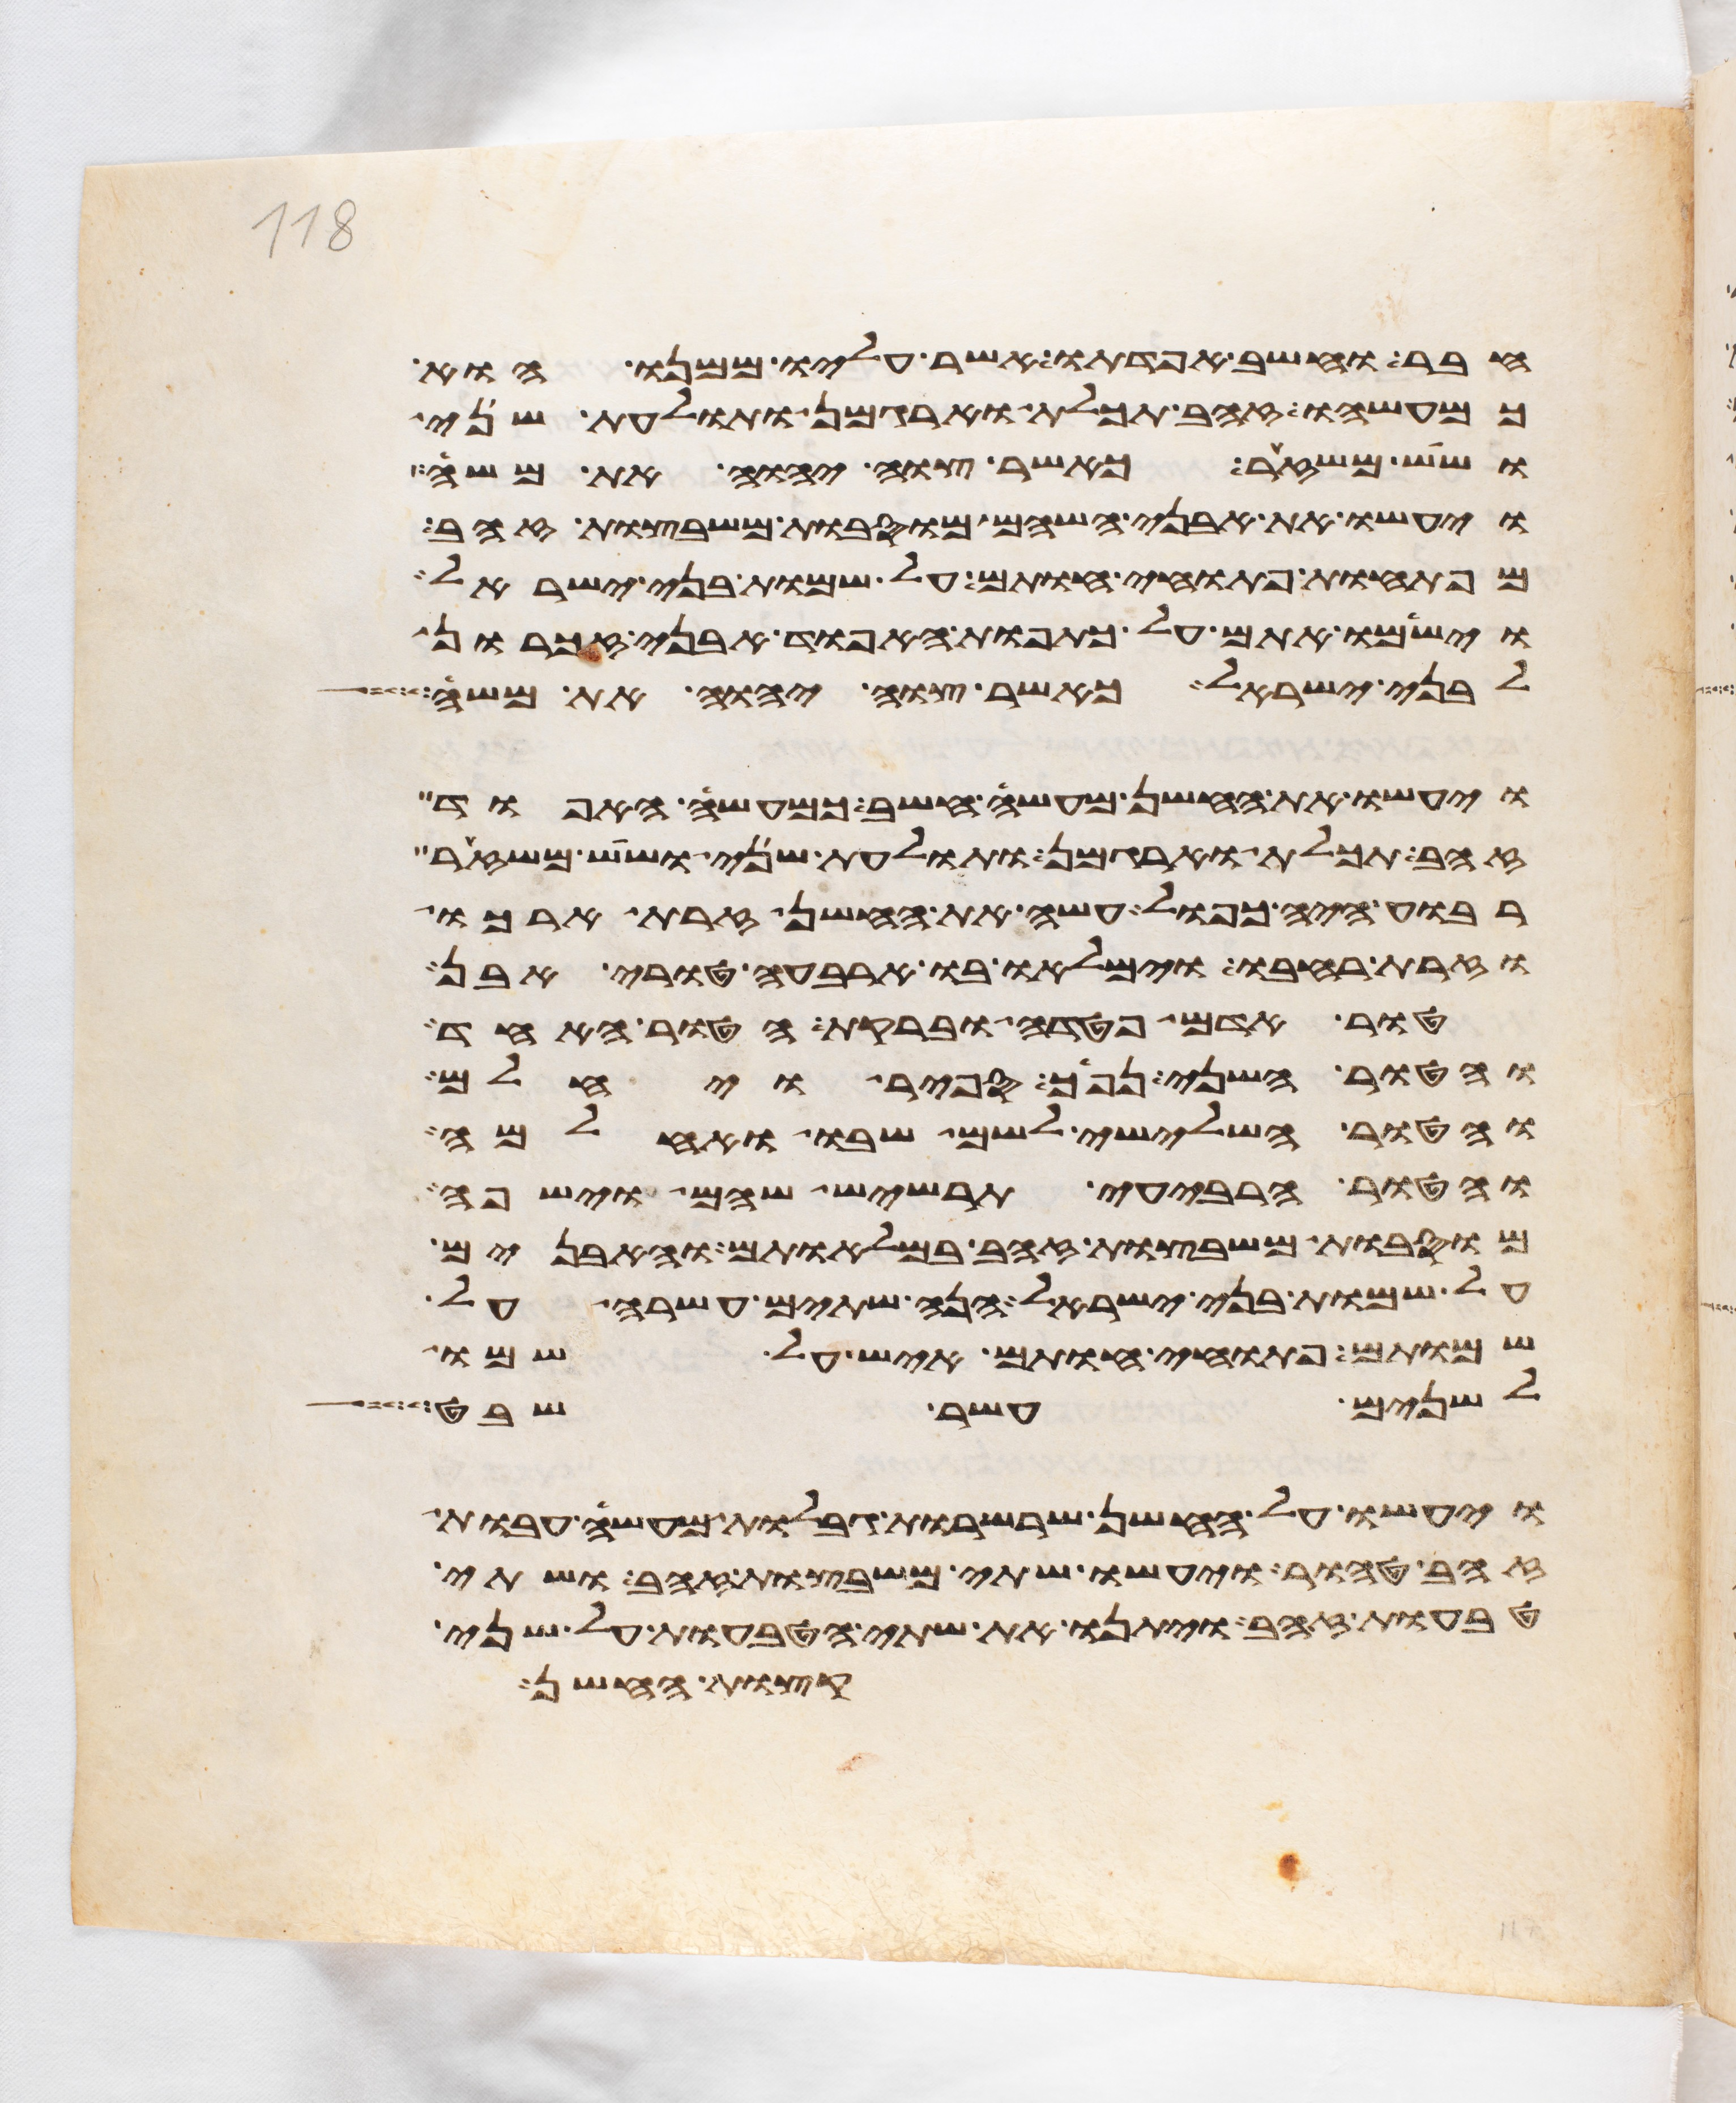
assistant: חבר וחשב אפדתו אשר עליו ממנו הוא
כמעשהו זהב תכלת וארגמן ותולעת שני
ושש משזר כאשר צוה יהוה את משה
ויעשו את אבני השהם מוסבות משבצות זהב
מפתחות פתוחי חותם על שמות בני ישראל
וישמו אתם על כתפות האפוד אבני זכרון
לבני ישראל כאשר צוה יהוה את משה
ויעשו את החשן מעשה חשב כמעשה האפוד
זהב תכלת וארגמן ותולעת שני ושש משזר
רבוע היה כפול עשה את החשן זרת ארכו
וזרת רחבו וימלאו בו ארבעה טורי אבן
טור אדם פטדה וברקת הטור האחד
והטור השני נפך ספיר ויחלם
והטור השלישי לשם שבו ואחלמה
והטור הרביעי תרשיש שהם וישפה
מוסבות משבצות זהב במלאותם והאבנים
על שמות בני ישראל הנה שתים עשרה על
שמותם פתוחי חותם איש על שמו
לשנים עשר שבט
ויעשו על החשן שרשרות גבלות מעשה עבות
זהב טהור ויעשו שתי משבצות זהב ושתי
טבעות זהב ויתנו את שתי הטבעות על שני
קצות החשן